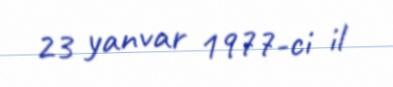
23 yanvar 1977-ci il